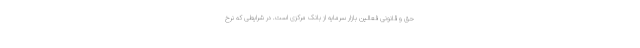
حق و قانونی فعالین بازار سرمایه از بانک مرکزی است. در شرایطی که نرخ